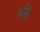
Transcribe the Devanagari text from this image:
घोव